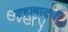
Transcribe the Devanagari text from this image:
शहाबादची